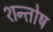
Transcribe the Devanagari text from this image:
शन्तोष